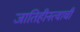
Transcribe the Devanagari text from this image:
जातिहीनत्वाची